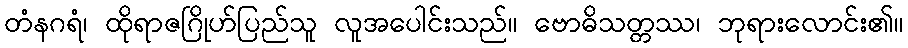
တံနဂရံ၊ ထိုရာဇဂြိုဟ်ပြည်သူ လူအပေါင်းသည်။ ဗောဓိသတ္တဿ၊ ဘုရားလောင်း၏။